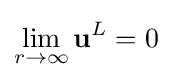
\lim _{r\rightarrow \infty }\mathbf {u} ^{L}=0